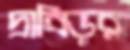
দ্রাবিড়রা